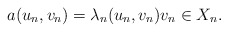
\begin{align*}a(u_n, v_n) =\lambda_n (u_n, v_n) v_n \in X_n.\end{align*}